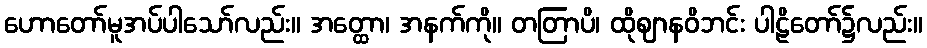
ဟောတော်မူအပ်ပါသော်လည်း။ အတ္ထော၊ အနက်ကို။ တတြာပိ၊ ထိုဈာနဝိဘင်း ပါဠိတော်၌လည်း။